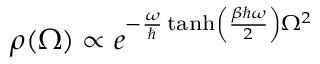
\rho ( \Omega ) \propto e ^ { - \frac { \omega } { \hbar } \operatorname { t a n h } \left( \frac { \beta \hbar \omega } { 2 } \right) \Omega ^ { 2 } }